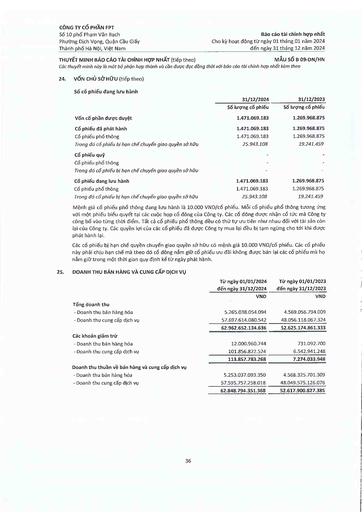
||31/12/2024|31/12/2023| |---|---|---| ||Số lượng cổ phiếu|Số lượng cổ phiếu| |Vốn cổ phần được duyệt|1.471.069.183|1.269.968.875| |Cổ phiếu đã phát hành|1.471.069.183|1.269.968.875| |Cổ phiếu phổ thông|1.471.069.183|1.269.968.875| |Trong đó cổ phiếu bị hạn chế chuyển giao quyền sở hữu|25.943.108|19.241.459| |Cổ phiếu quỹ|-|-| |Cổ phiếu phổ thông|-|| |Trong đó cổ phiếu bị hạn chế chuyển giao quyền sở hữu|-|| |Cổ phiếu đang lưu hành|1.471.069.183|1.269.968.875| |Cổ phiếu phổ thông|1.471.069.183|1.269.968.875| |Trong đó cổ phiếu bị hạn chế chuyển giao quyền sở hữu|25.943.108|19.241.459| ||Từ ngày 01/01/2024 đến ngày 31/12/2024|Từ ngày 01/01/2023 đến ngày 31/12/2023| |---|---|---| ||VND|VND| |Tổng doanh thu||| |- Doanh thu bán hàng hóa|5.265.038.054.094|4.569.056.794.009| |- Doanh thu cung cấp dịch vụ|57.697.614.080.542|48.056.118.067.324| ||62.962.652.134.636|52.625.174.861.333| |Các khoản giảm trừ||| |- Doanh thu bán hàng hóa|12.000.960.744|731.092.700| |- Doanh thu cung cấp dịch vụ|101.856.822.524|6.542.941.248| ||113.857.783.268|7.274.033.948| |Doanh thu thuần về bán hàng và cung cấp dịch vụ||| |- Doanh thu bán hàng hóa|5.253.037.093.350|4.568.325.701.309| |- Doanh thu cung cấp dịch vụ|57.595.757.258.018|48.049.575.126.076| ||62.848.794.351.368|52.617.900.827.385|